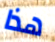
هذا